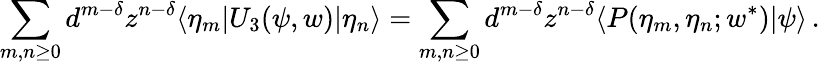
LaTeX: \sum_{m,n\geq 0}d^{m-\delta}z^{n-\delta}\langle\eta_{m}|U_{3}(\psi,w)|\eta_{n}\rangle=\sum_{m,n\geq 0}d^{m-\delta}z^{n-\delta}\langle P(\eta_{m},\eta_{n};w^{\ast})|\psi\rangle\, .